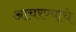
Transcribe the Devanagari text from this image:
आचरण्याचे